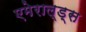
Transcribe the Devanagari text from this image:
एमेराल्ड्स